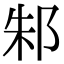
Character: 邾